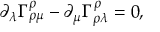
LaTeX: \partial _ { \lambda } \Gamma _ { \rho \mu } ^ { \rho } - \partial _ { \mu } \Gamma _ { \rho \lambda } ^ { \rho } = 0 ,